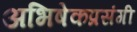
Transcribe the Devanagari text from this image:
अभिषेकप्रसंगी